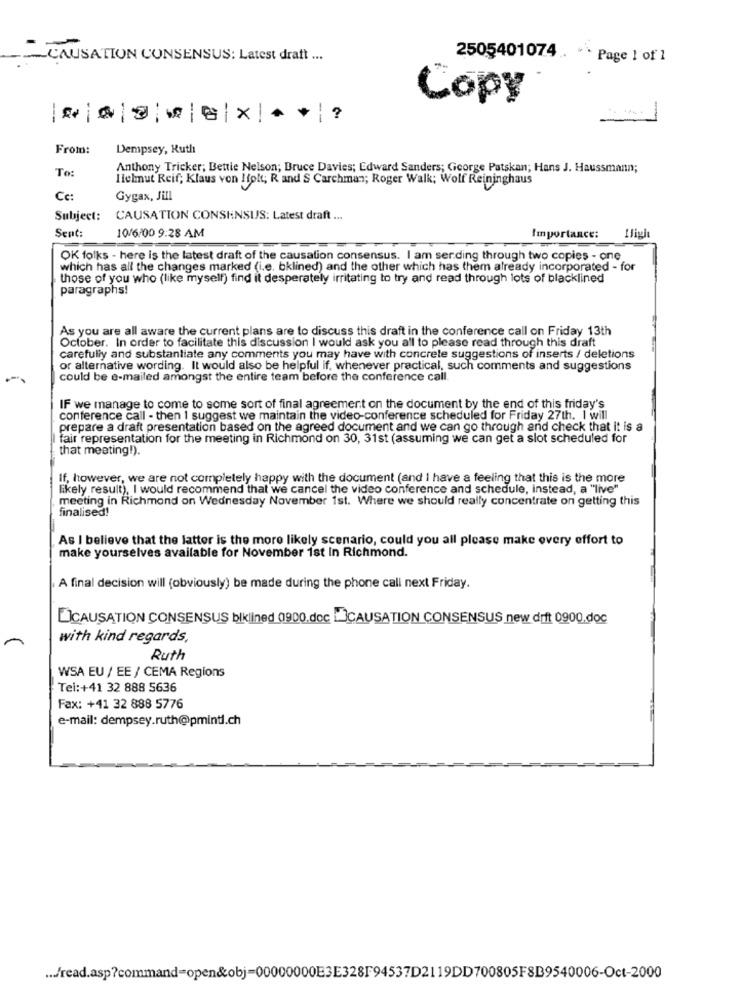
-CAUSATION CONSENSUS: Latest draft ...
2505401074 .. ·· Page 1 of 1
Copy
.-
--
From:
Dempsey, Ruth
To:
Anthony Tricker; Bettie Nelson; Bruce Davies; Edward Sanders; George Patskan; Hans J. Haussmann;
Hlehnut Reif; Klaus von !folt; R and S Carchman; Roger Walk; Wolf Reininghaus
Cc:
Gygax, Jill
Subject: CAUSATION CONSHNSIS: Latest draft ...
Sent:
10/6/00 9:28 AM
Importance:
OK folks - here is the latest draft of the causation consensus. I am serding through two copies - one
which has all the changes marked (i.e. bklined) and the other which has them already incorporated - for
those of you who (like myself) find it desperately irritating to try and read through lots of blacklined
paragraphs!
As you are all aware the current plans are to discuss this draft in the conference call on Friday 13th
October. In order to facilitate this discussion I would ask you all to please read through this draft
carefully and substantiate any comments you may have with concrete suggestions of inserts / deletions
or alternative wording. It would also be helpful if, whenever practical, such comments and suggestions
could be e-mailed amongst the entire team before the conference call
IF we manage to come to some sort of final agreement on the document by the end of this friday's
conference call - then I suggest we maintain the video-conference scheduled for Friday 27th. I will
prepare a draft presentation based on the agreed document and we can go through and check that It is a
fair representation for the meeting in Richmond on 30, 31st (assuming we can get a slot scheduled for
that meeting!).
If, however, we are not completely happy with the document (and I have a feeling that this is the more
likely result), I would recommend that we cancel the video conference and schedule, instead, a "live"
meeting in Richmond on Wednesday November 1st. Where we should really concentrate on getting this
finalised!
As I believe that the latter is the more likely scenario, could you all please make every effort to
make yourselves available for November 1st In Richmond.
A final decision will (obviously) be made during the phone call next Friday.
CAUSATION CONSENSUS blklined 0900.doc _CAUSATION CONSENSUS new drift 0900.doc
with kind regards,
Ruth
WSA EU / EE / CEMA Regions
Tel:+41 32 888 5636
Fax: +41 32 888 5776
e-mail: dempsey.ruth@pmintl.ch
... /read.asp?command=open&obj=00000000E3E328F94537D2119DD700805FSB9540006-Oct-2000